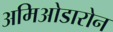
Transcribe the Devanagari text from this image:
अमिओडारोन